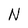
Character: N